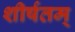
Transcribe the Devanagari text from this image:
शीर्षतम्